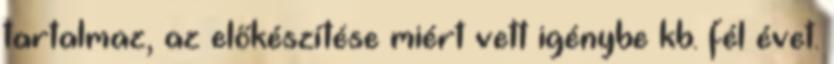
tartalmaz, az előkészítése miért vett igénybe kb. fél évet.